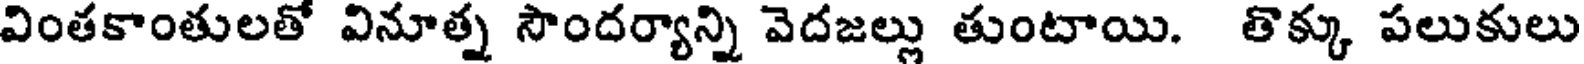
వింతకాంతులతో వినూత్న సౌందర్యాన్ని వెదజల్లు తుంటాయి. తొక్కు పలుకులు